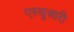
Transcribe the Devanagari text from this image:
एस्चुआरी